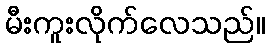
မီးကူးလိုက်လေသည်။